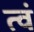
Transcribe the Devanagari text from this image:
त्वं